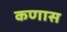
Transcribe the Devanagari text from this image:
कणास